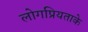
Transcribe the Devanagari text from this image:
लोगप्रियताके